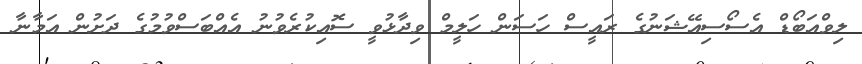
ލިވްއަބޯޑް އެސޯސިއޭޝަނުގެ ރައީސް ހަސަން ހަލީމް ވިދާޅުވީ ސޮއިކުރެވުނު އެއްބަސްވުމުގެ ދަށުން އަމާނާ